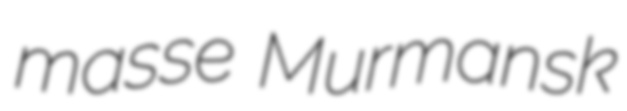
masse Murmansk